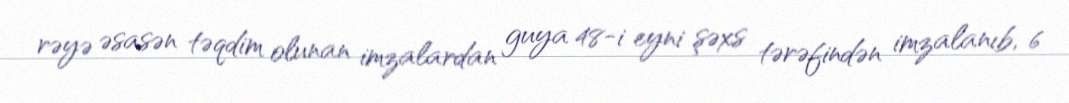
rəyə əsasən təqdim olunan imzalardan guya 48-i eyni şəxs tərəfindən imzalanıb, 6